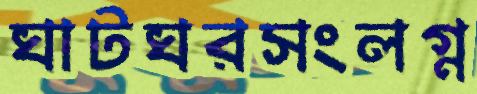
ঘাটঘরসংলগ্ন